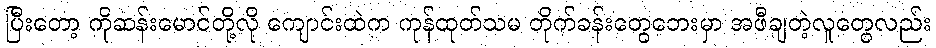
ပြီးတော့ ကိုဆန်းမောင်တို့လို ကျောင်းထဲက ကုန်ထုတ်သမ တိုက်ခန်းတွေဘေးမှာ အဖီချတဲ့လူတွေလည်း